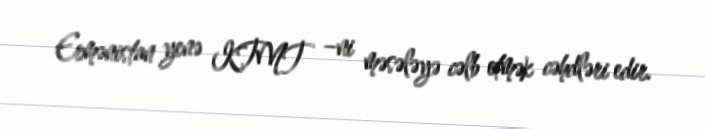
Ermənistan yenə KTMT –ni məsələyə cəlb etmək cəhdləri edir.